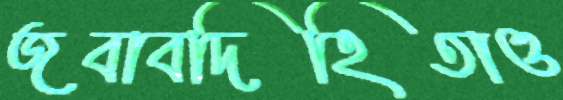
জবাবদিহিতাও